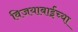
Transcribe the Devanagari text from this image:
विजयाबाईंच्या